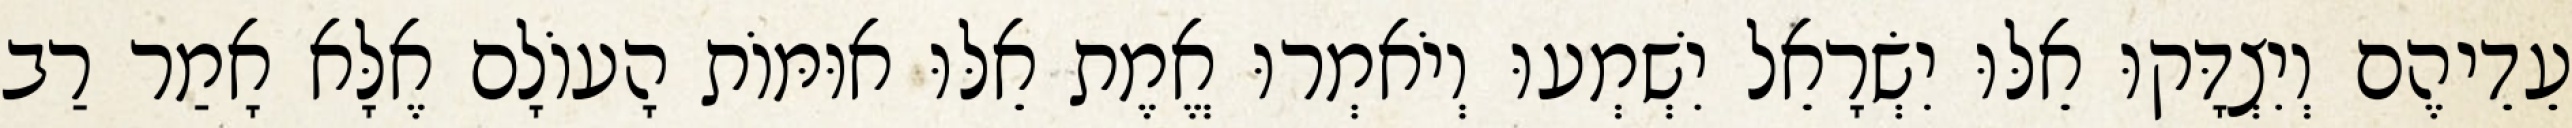
עֵדֵיהֶם וְיִצְדָּקוּ אֵלּוּ יִשְׂרָאֵל יִשְׁמְעוּ וְיֹאמְרוּ אֱמֶת אֵלּוּ אוּמּוֹת הָעוֹלָם אֶלָּא אָמַר רַב